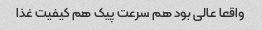
واقعا عالی بود هم سرعت پیک هم کیفیت غذا